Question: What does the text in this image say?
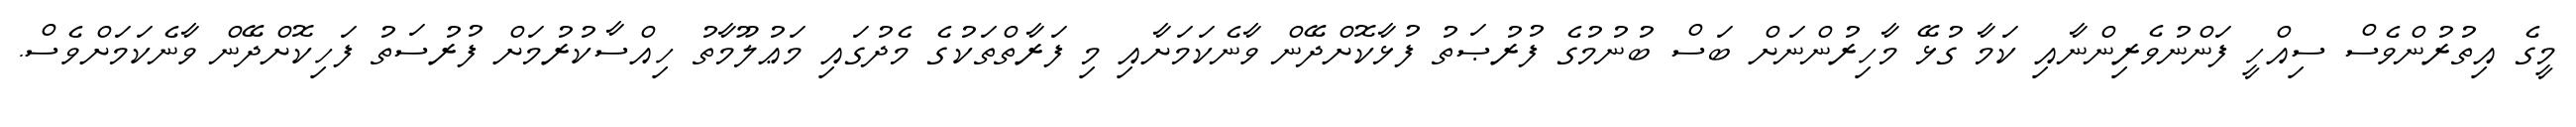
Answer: މީގެ އިތުރުންވެސް ސިއްހީ ފަންނުވެރިންނާއި ކަމާ ގުޅޭ މާހިރުންނަށް ބަސް ބުނުމުގެ ފުރުޞަތު ފުޅާކޮށްދޭން ވާނެކަމަށާއި މި ފަރާތްތަކުގެ މެދުގައި މަޢުލޫމާތު ހިއްސާކުރުމަށް ފުރުސަތު ފަހިކޮށްދޭން ވާނެކަމަށްވެސް.